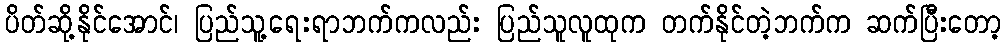
ပိတ်ဆို့နိုင်အောင်၊ ပြည်သူ့ရေးရာဘက်ကလည်း ပြည်သူလူထုက တက်နိုင်တဲ့ဘက်က ဆက်ပြီးတော့